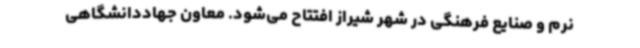
نرم و صنایع فرهنگی در شهر شیراز افتتاح می‌شود. معاون جهاددانشگاهی